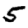
Digit: 5